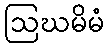
ဩဃမိမံ